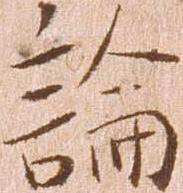
論